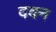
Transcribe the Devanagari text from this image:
दवन